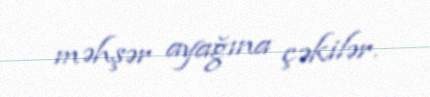
məhşər ayağına çəkilər.